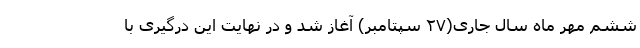
ششم مهر ماه سال جاری(۲۷ سپتامبر) آغاز شد و در نهایت این درگیری با